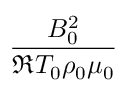
\frac { B _ { 0 } ^ { 2 } } { \mathfrak { R } T _ { 0 } \rho _ { 0 } \mu _ { 0 } }